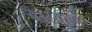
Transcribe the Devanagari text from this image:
बेस्टबसनं